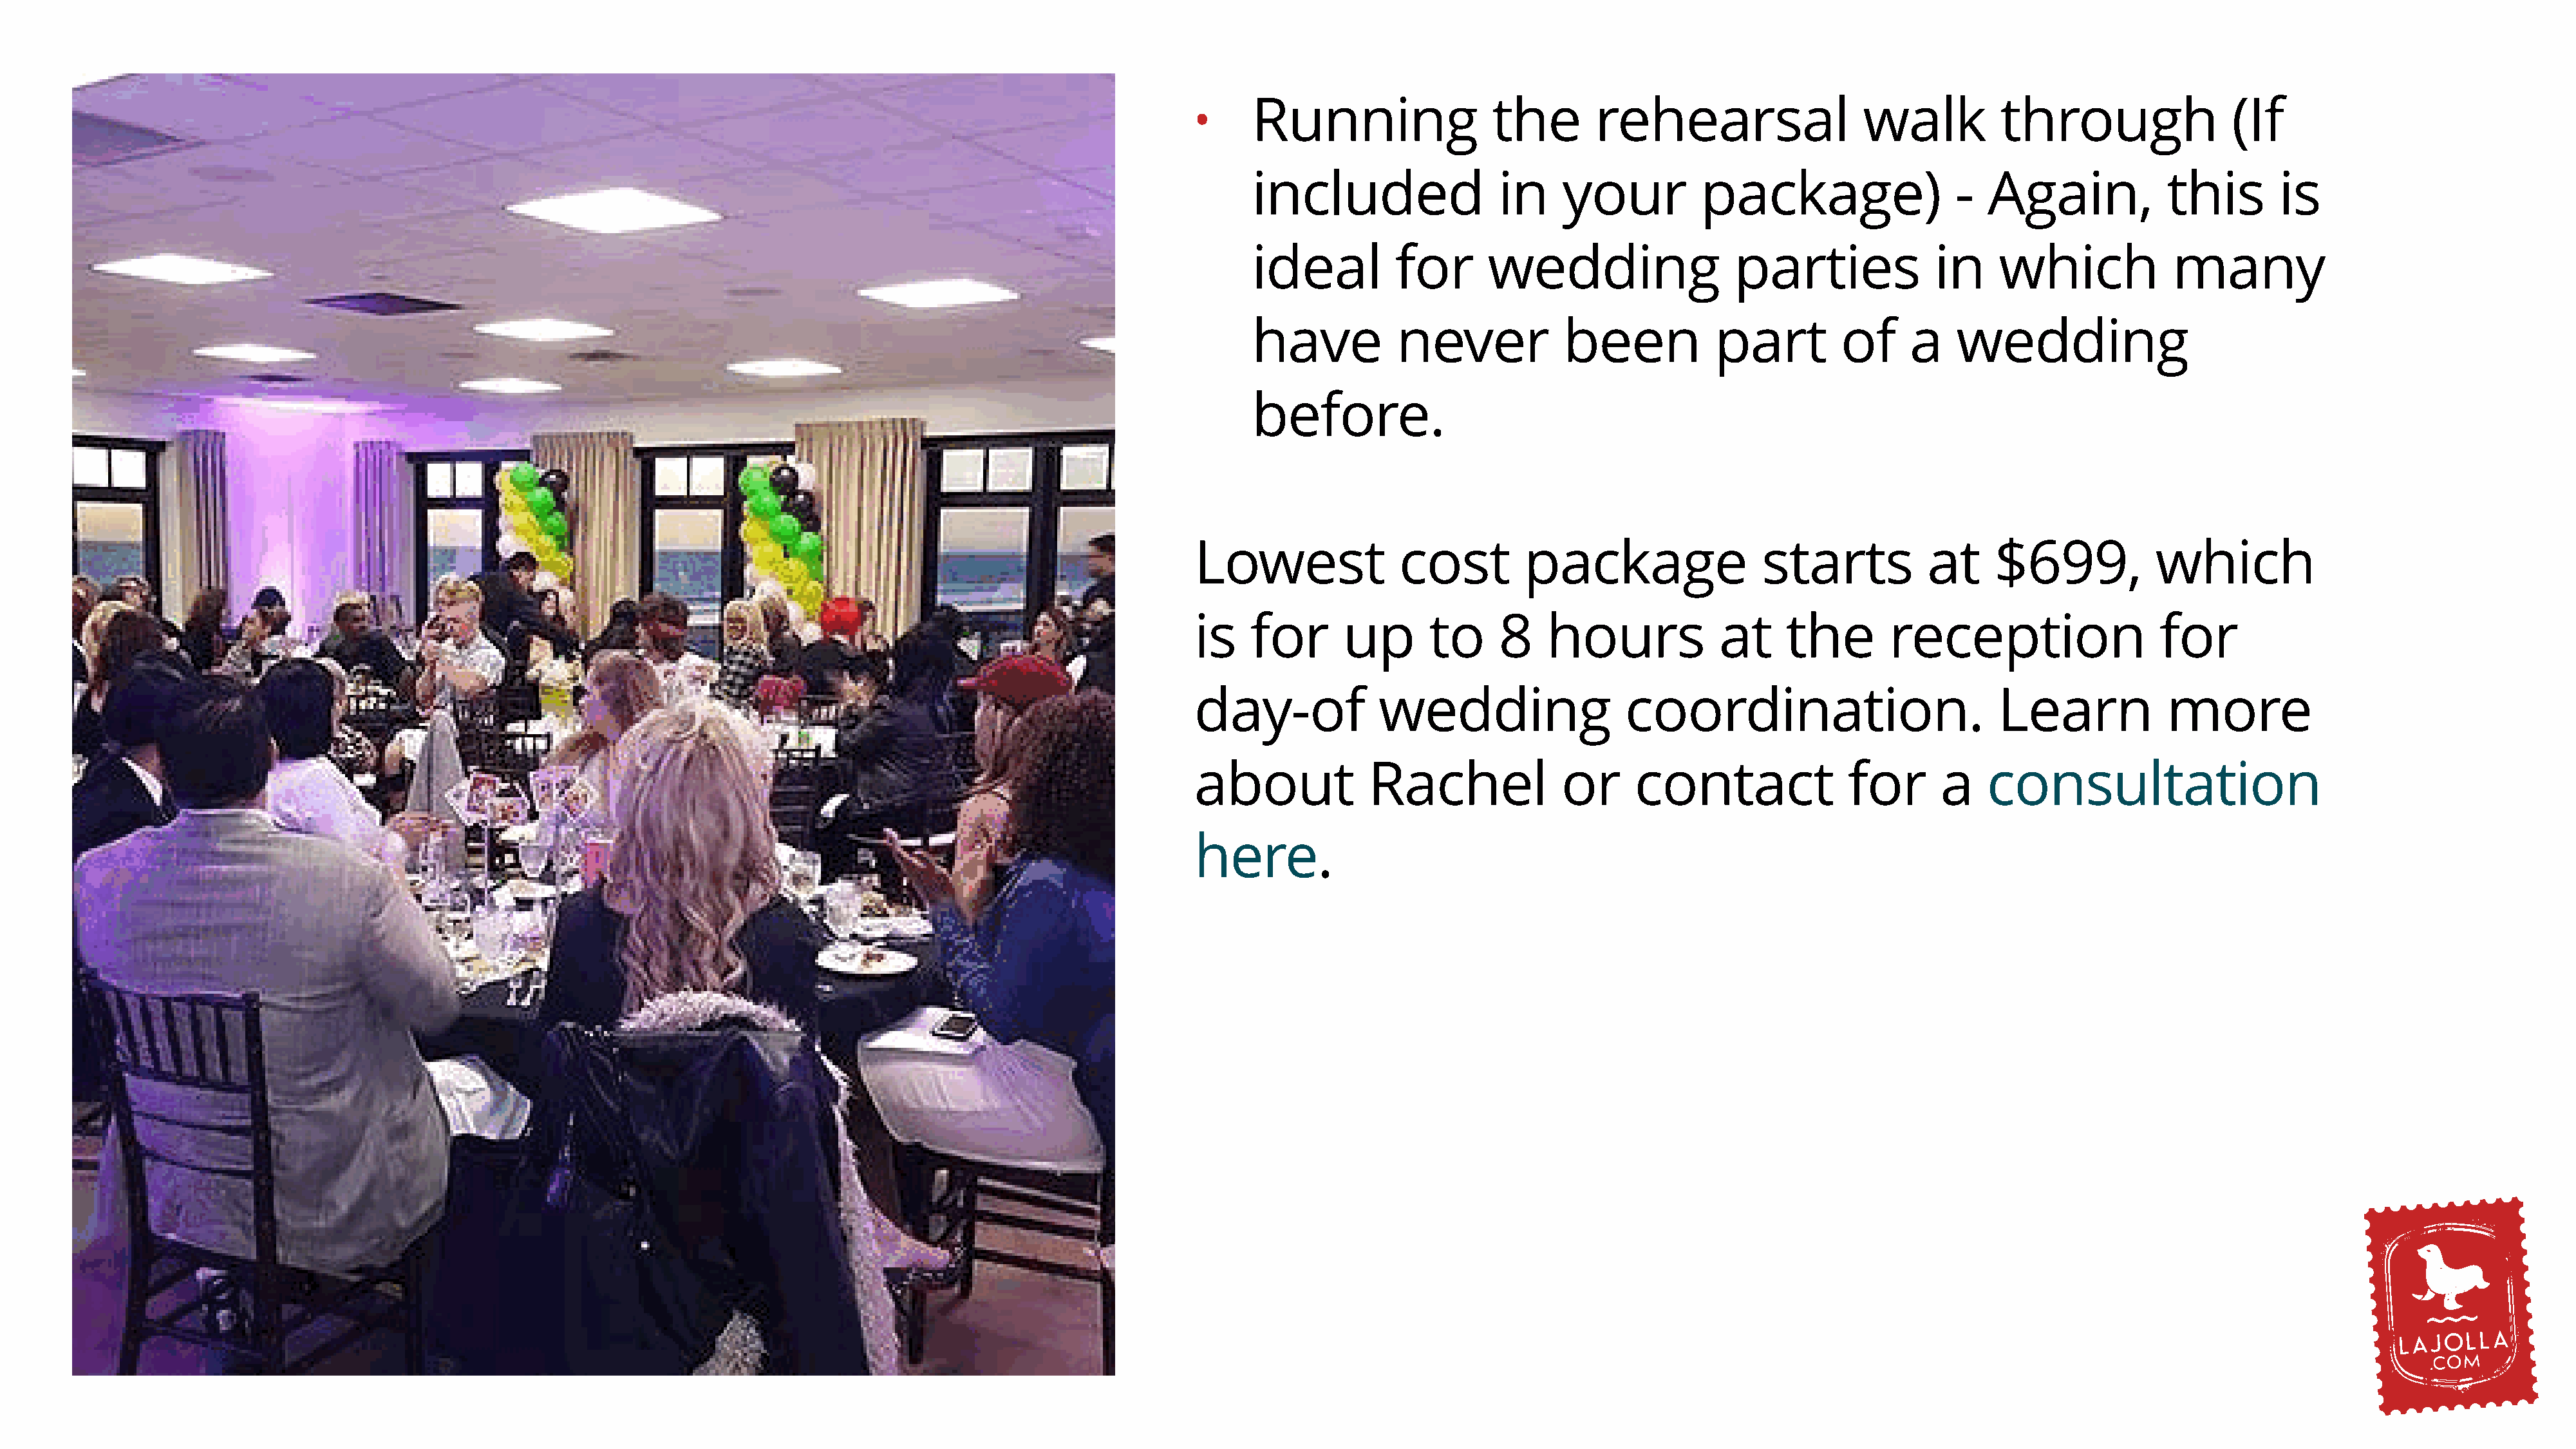
Running                 the        rehearsal                   walk          through                (If
 •
 included                 in     your          package)                  -  Again,             this       is
 ideal         for       wedding                  parties              in    which             many
 have           never            been           part         of     a    wedding
 before.
 Lowest               cost         package                 starts           at     $699,            which
 is    for      up       to     8    hours             at     the       reception                   for
 day-of             wedding                  coordination.                         Learn             more
 about             Rachel             or      contact               for      a    consultation
 here.